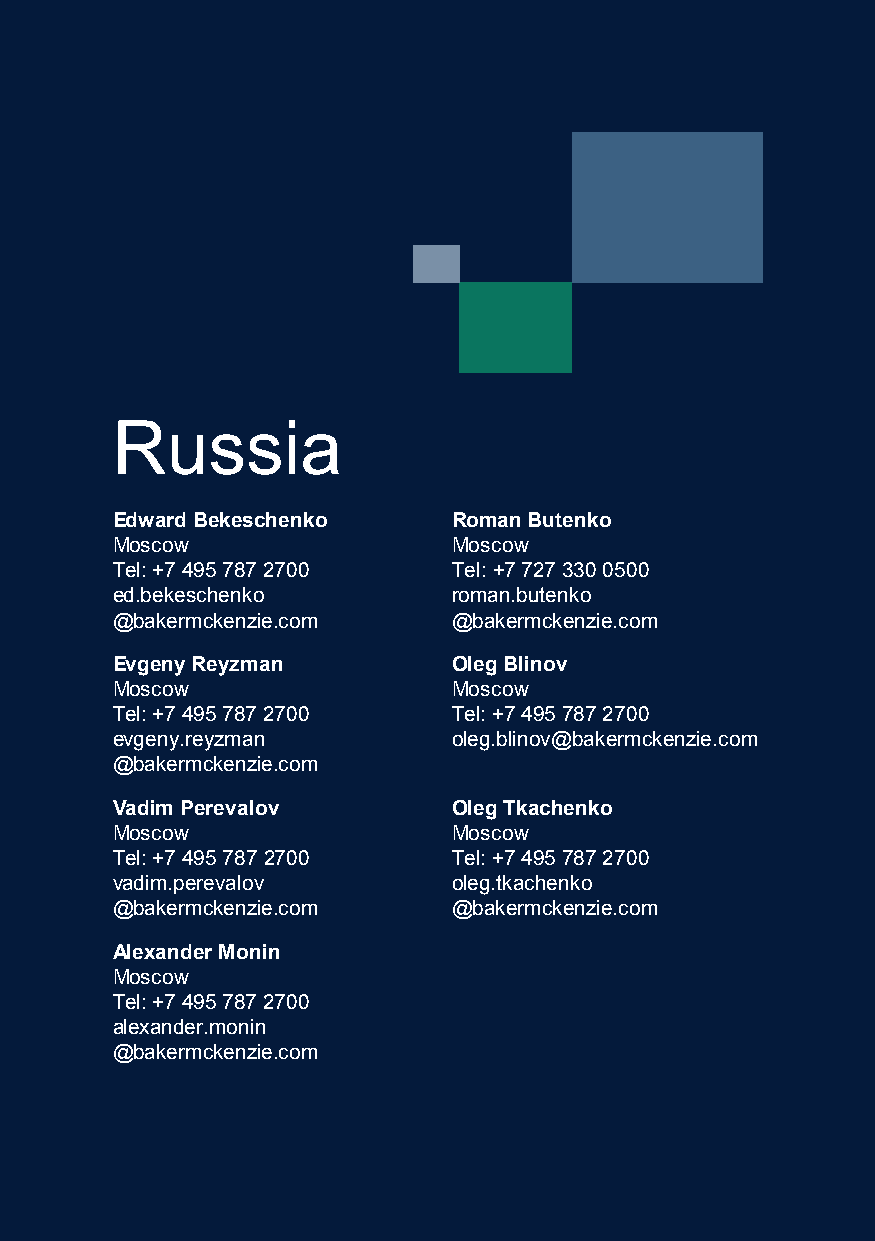
Russia
 Edward Bekeschenko     Roman Butenko
 Moscow                 Moscow
 Tel: +7 495 787 2700   Tel: +7 727 330 0500
 ed.bekeschenko         roman.butenko
 @bakermckenzie.com     @bakermckenzie.com
 Evgeny Reyzman         Oleg Blinov
 Moscow                 Moscow
 Tel: +7 495 787 2700   Tel: +7 495 787 2700
 evgeny.reyzman         oleg.blinov@bakermckenzie.com
 @bakermckenzie.com
 Vadim Perevalov        Oleg Tkachenko
 Moscow                 Moscow
 Tel: +7 495 787 2700   Tel: +7 495 787 2700
 vadim.perevalov        oleg.tkachenko
 @bakermckenzie.com     @bakermckenzie.com
 Alexander Monin
 Moscow
 Tel: +7 495 787 2700
 alexander.monin
 @bakermckenzie.com